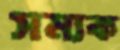
সম্যক